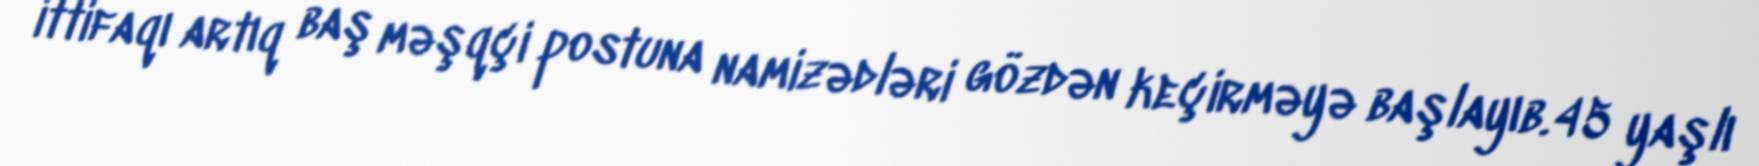
ittifaqı artıq baş məşqçi postuna namizədləri gözdən keçirməyə başlayıb.45 yaşlı